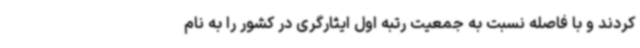
کردند و با فاصله نسبت به جمعیت رتبه اول ایثارگری در کشور را به نام